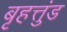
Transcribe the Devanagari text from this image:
बृहत्तुंड